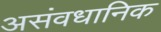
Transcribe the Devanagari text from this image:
असंवधानिक